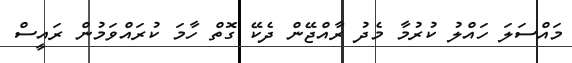
މައްސަލަ ހައްލު ކުރުމާ މެދު ރާއްޖޭން ދެކޭ ގޮތް ހާމަ ކުރައްވަމުން ރައީސް